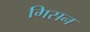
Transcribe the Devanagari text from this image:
गिसन